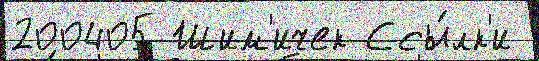
200405 Шим'ичек Ссы́лк'и